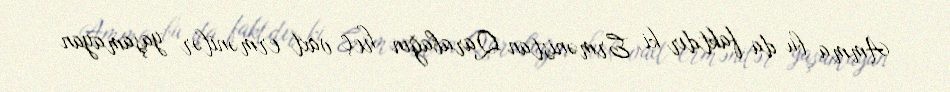
Amma bu da faktdır ki, Ermənistan Qarabağın heç vaxt ermənilər yaşamayan